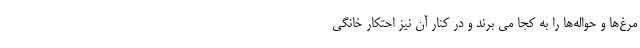
مرغ‌ها و حواله‌ها را به کجا می برند و در کنار آن نیز احتکار خانگی